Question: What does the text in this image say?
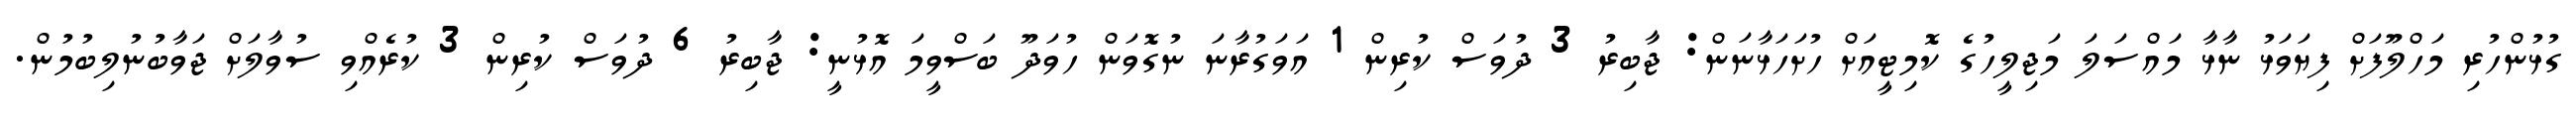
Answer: ގުޅުންހުރި މަހްލޫފަށް ފިޔަވަޅު ނާޅާ މައްސަލަ މަޖިލީހުގެ ކޮމިޓީއަށް ހުށަހަޅާނަން: ޖާބިރު 3 ދުވަސް ކުރިން 1 އަވަގުރާނަ ނުގޮވަން ހުވަދޫ ބަސްވީމަ އޮޅުނީ: ޖާބިރު 6 ދުވަސް ކުރިން 3 ކުރެއްވި ސުވާލަށް ޖަވާބުނުލިބުމުން.